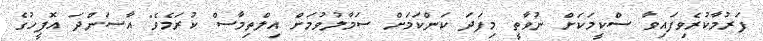
ފަރުމާކުރެވިފައިވާ ސްކީމަކަށް ނުވާތީ މިފަދަ ކަންކަމަށް ސަމާލުވުމަށް އިލްތިމާސް ކުރަމެވެ" އާސަންދަ އޮފީހުގެ